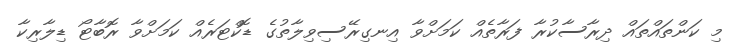
މި ކަންތައްތައް ދިރާސާކުރާ ފަރާތެއް ކަމަށްވާ އިނގިރޭސިވިލާތުގެ ޑޮކްޓަރެއް ކަމަށްވާ ރޮބާޓޯ ޑިލާރިކާ